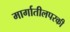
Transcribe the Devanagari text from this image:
मार्गातीलपरकी